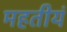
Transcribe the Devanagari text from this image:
महतीयं